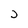
Character: j